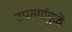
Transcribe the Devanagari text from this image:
उपसर्गामुळें